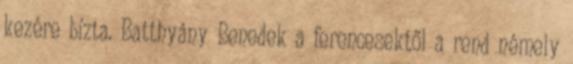
kezére bízta. Batthyány Benedek a ferencesektől a rend némely